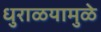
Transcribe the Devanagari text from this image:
धुराळयामुळे